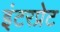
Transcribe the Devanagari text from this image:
इंटरप्रेट